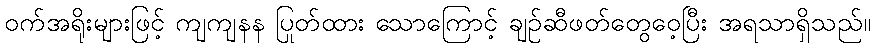
ဝက်အရိုးများဖြင့် ကျကျနန ပြုတ်ထား သောကြောင့် ချဉ်ဆီဖတ်တွေဝေ့ပြီး အရသာရှိသည်။